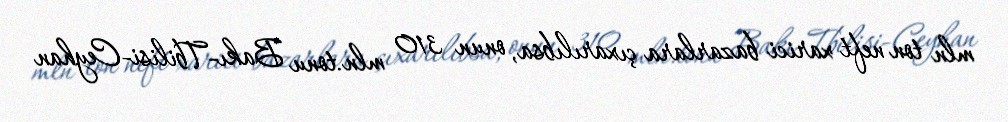
mln ton neft xarici bazarlara çıxarılıbsa, onun 310 mln.tonu Bakı-Tbilisi-Ceyhan